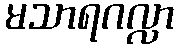
မသာရဂလ္လာ